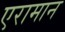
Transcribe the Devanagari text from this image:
एरामान